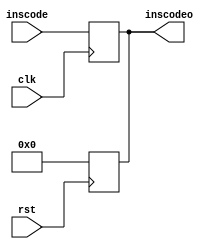
`timescale 1ns / 1ps
//////////////////////////////////////////////////////////////////////////////////
// Company: 
// Engineer: 
// 
// Design Name: 
// Module Name: ifid
// Project Name: 
// Target Devices: 
// Tool Versions: 
// Description: 
// 
// Dependencies: 
// 
// Revision:
// Revision 0.01 - File Created
// Additional Comments:
// 
//////////////////////////////////////////////////////////////////////////////////


module ifid(inscode,clk,rst,inscodeo);
input [31:0]inscode;
input clk;
input rst;
output [31:0]inscodeo;
reg [31:0]tmp;
assign inscodeo=tmp;

always @(posedge clk)
begin
tmp<=inscode;
end

always@(negedge rst)
begin
tmp<=32'h0;
end

endmodule